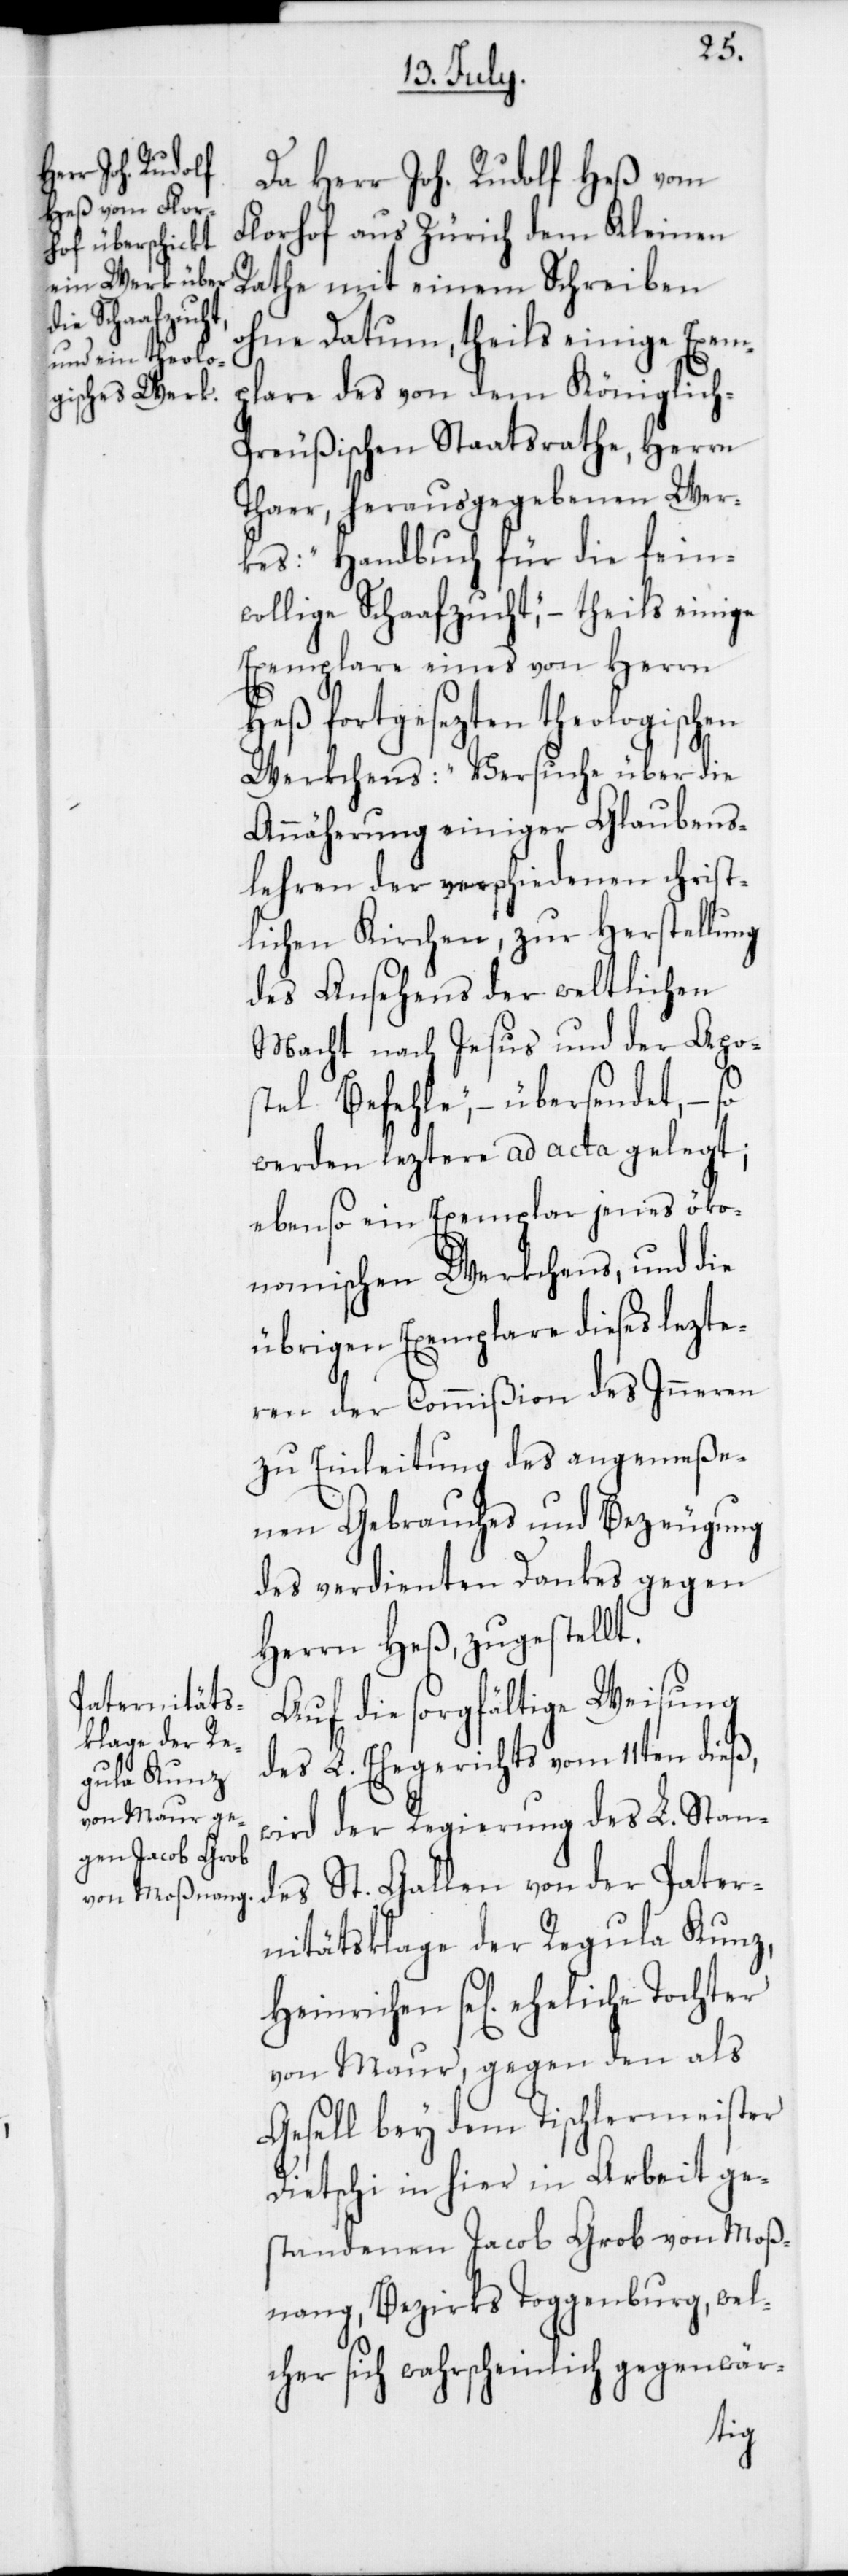
Da Herr Joh. Rudolf Heß vom
Florhof aus Zürich dem Kleinen
Rate mit einem Schreiben
ohne Datum, theils einige Exem¬
plare des von dem Königlic¬
h-Preußischen Staatsrathe, Herrn
Thaer, herausgegebenen Wer¬
kes: „Handbuch für die fein¬
wollige Schaafzucht“, – theils einige
Exemplare eines von Herrn
Heß fortgesezten theologischen
Werkchens: „Versuche über die
Annäherung einiger Glaubens¬
lehren der verschiedenen christ¬
lichen Kirchen, zur Herstellung
des Ansehens der weltlichen
Macht nach Jesus und der Apo¬
stel Befehle“, – übersendet, – so
werden leztere ad acta gelegt;
ebenso ein Exemplar jenes öko¬
nomischen Werkchens, und die
übrigen Exemplare dieses lezte¬
ren der Commißion des Inneren
zu Einleitung des angemeße¬
nen Gebrauches und Bezeugung
des verdienten Dankes gegen
Herrn Heß, zugestellt.
Auf die sorgfältige Weisung
des L. Ehegerichts vom 11ten dieß,
wird der Regierung des L. Stan¬
des St. Gallen von der Pater¬
nitätsklage der Regula Kunz,
se[lig] eheliche Tochter
von Maur, gegen den als
Gesell bey dem Tischlermeister
Dietschi in hier in Arbeit ge¬
standenen Jacob Grob von Moß¬
nang, Bezirks Toggenburg, wel¬
cher sich wahrscheinlich gegenwär-